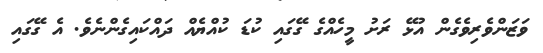
ވަޒަންވެރިވެގެން އުޅޭ ރަށު މީހެއްގެ ގޭގައި ކުޑަ ކުއްޔެއް ދައްކައިގެންނެވެ. އެ ގޭގައި